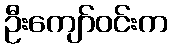
ဦးကျော်ဝင်းက